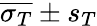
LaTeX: \overline{{\sigma_{T}}}\pm s_{T}